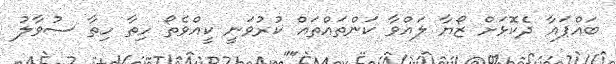
ބައްޕައާ ދެކޮޅަށް ޒޯޔާ ލައްވާ ކަންތައްތައް ކުރުވަނީ ކީއްވެތޯ ހިތާ ހިތާ ސުވާލު